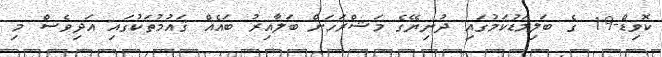
ކޮވިޑް-19 ގެ ބަލިމަޑުކަމުގައި ދުނިޔޭގެ މަޝްރަހަށް ބަލާއިރު ބައެއް ޤައުމުތަކުގައި އަދިވެސް މި